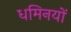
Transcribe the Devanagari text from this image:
धमिनयों